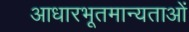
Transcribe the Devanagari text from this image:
आधारभूतमान्यताओं